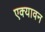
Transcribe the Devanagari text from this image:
एक्यावन